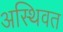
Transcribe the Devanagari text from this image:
अस्थिवत